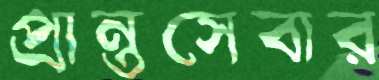
প্রান্তসেবার